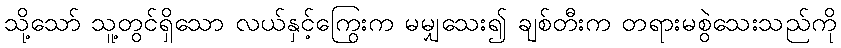
သို့သော် သူ့တွင်ရှိသော လယ်နှင့်ကြွေးက မမျှသေး၍ ချစ်တီးက တရားမစွဲသေးသည်ကို